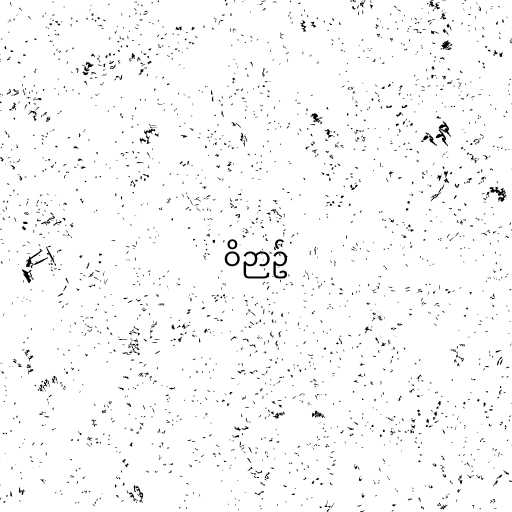
ဝိဉာဥ်